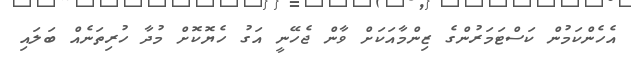
އެހެންކަމުން ކަސްޓަމަރުންގެ ޒިންމާއަކަށް ވާން ޖެހޭނީ އަގު ހެޔޮކޮށް މުދާ ހުރިތަނެއް ބަލައި